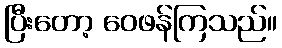
ပြီးတော့ ဝေဖန်ကြသည်။